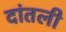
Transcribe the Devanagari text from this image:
दांतली